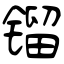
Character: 镏